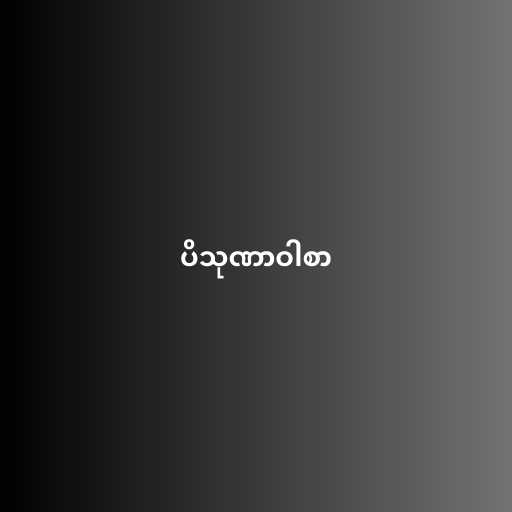
ပိသုဏာဝါစာ